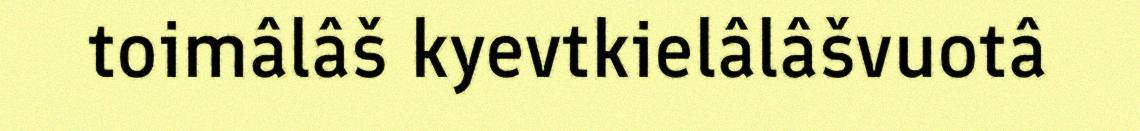
toimâlâš kyevtkielâlâšvuotâ